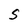
Character: S